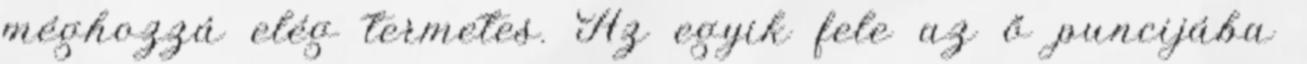
méghozzá elég termetes. Az egyik fele az ő puncijába